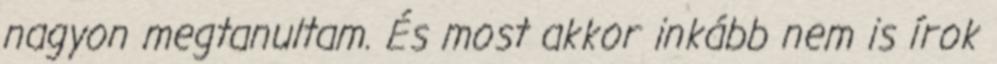
nagyon megtanultam. És most akkor inkább nem is írok